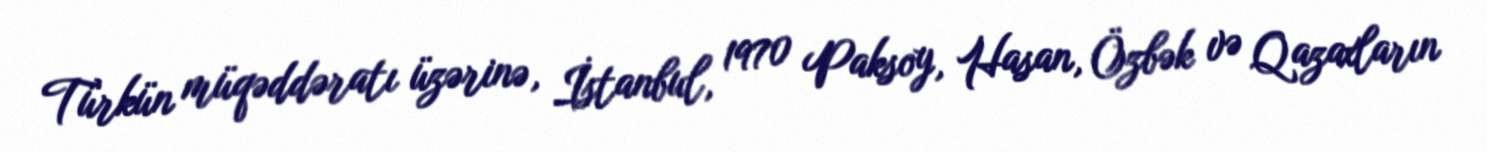
Türkün müqəddəratı üzərinə, İstanbul, 1970 Paksoy, Hasan, Özbək və Qazaxların